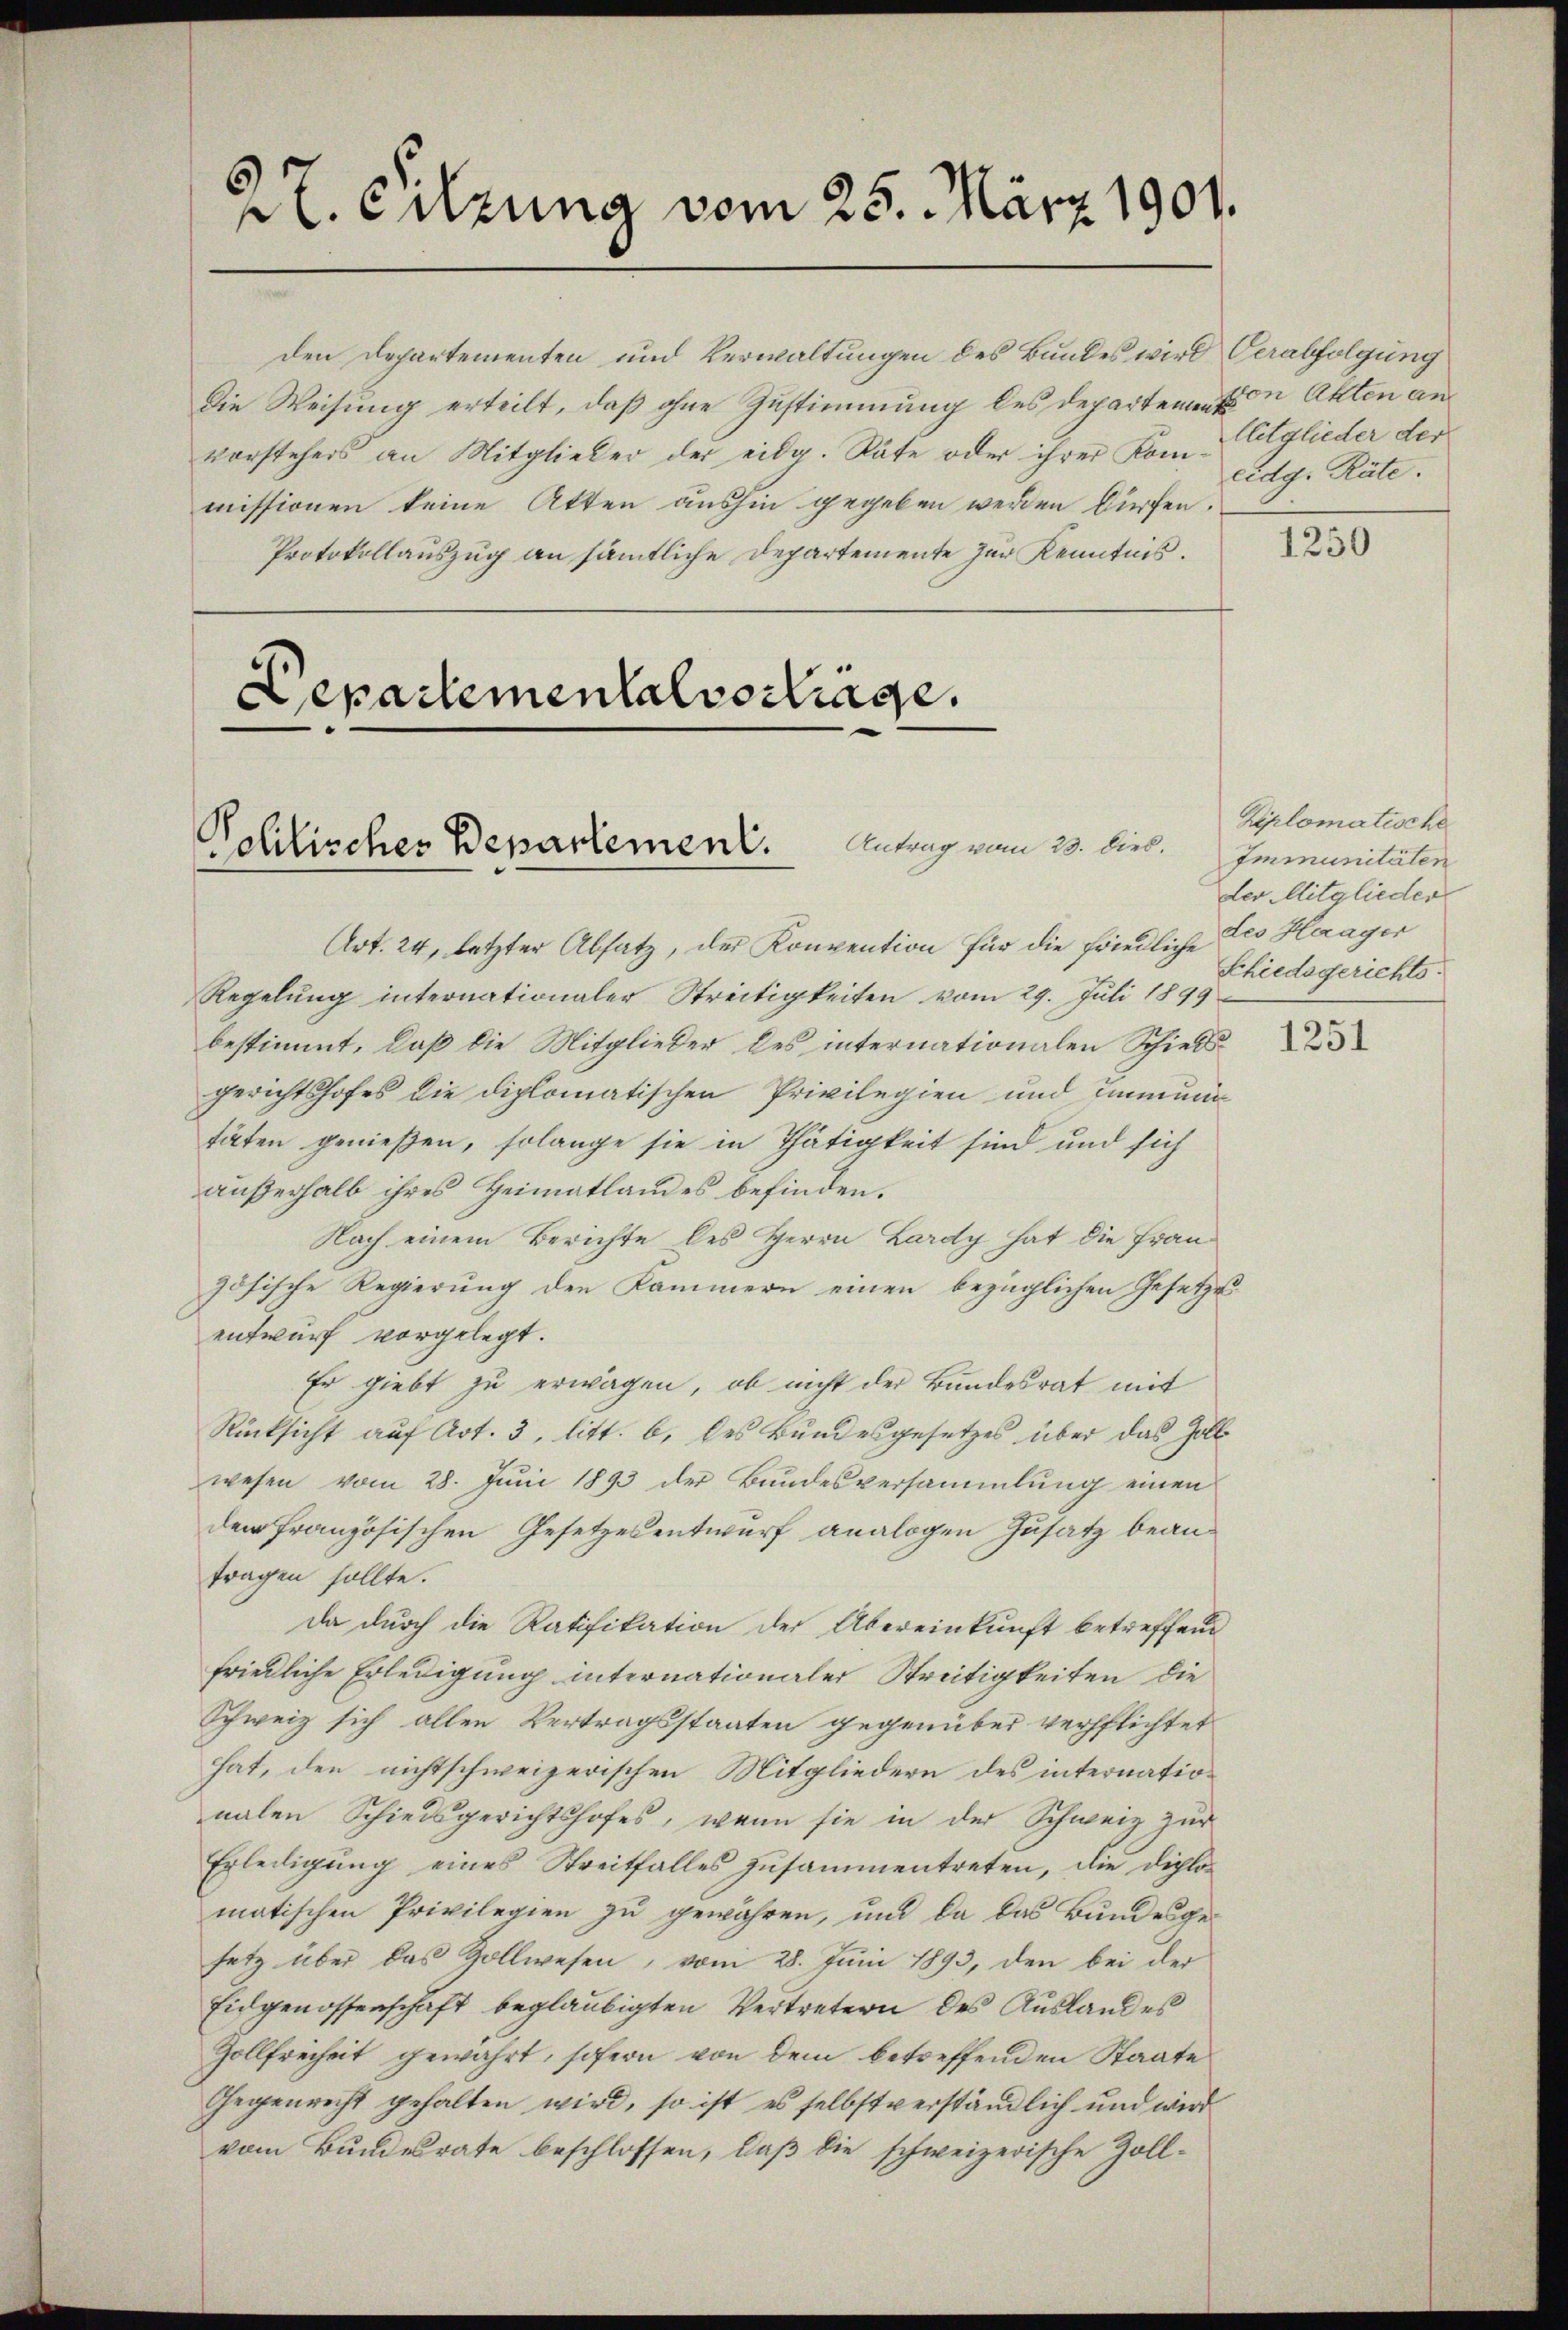
27. Sitzung vom 25. März 1901.

den Departementen und Verwaltungen des Bundes wird Verabfolgung
Die Weisung erteilt, daß ohne Zustimmung des Departeme von Akten an
vorstehers an Mitglieber der eidg. Räte oder ihrer Kom-Citglieder der
missionen keine Atten aushin gegeben werden dürfen.
Protokollauszug an sämmtliche Departemente zur Kenntnis.

Departementalverträge.
Schlisches Departement. Antrag vom 23. lieb.

Art. 24, letzter Absatz, der Konvention für die friedliche
Regelung internationaler Streitigkeiten vom 29. Juli 1899
bestimmt, daß die Mitglieder des internationalen Schiedsgerichtshofes die diplomatischen Privilegien und Immunitäten genießen, solange sie in Thätigkeit sind und sich
außerhalb ihres Heimatlandes befinden.
Nach einem Berichte des Herrn Lardy hat die Frauzösische Regierung den Kammern einen bezüglichen Gesetzes
entwurf vorgelegt.
Er giebt zu erwagen, ob nicht der Bundesrat mit
Rücksicht auf Art. 3, litt. b. des Bundesgesetzes über das Zoll
wesen vom 28. Juni 1893 der Bundesversammlung einen
dem französischen Gesetzesentwurf analogen Zusatz beantragen sollte.
da durch die Ratifikation der Übereinkunft betreffend
friedliche Erledigung internationaler Streitigkeiten die
Schweiz sich allen Vertragsstaaten gegenüber verpflichtet
hat, den nichtschweizerischen Mitgliedern des internationalen Schiedsgerichtshofes, wenn sie in der Schweiz zur
Erledigung eines Streitfalles zusammentreten, die diplomatischen Privilegien zu gewähren, und da das Bundesgesetz über das Zollwesen, vom 28. Juni 1893, den bei der
Eidgenossenschaft beglaubigten Vertretern des Auslandes
Zollfreiheit gewahrt, sofern von dem betreffenden Staate
Gegenrecht gehalten wird, so ist es selbstverständlich und wird
vom Bundesrate beschlossen, daß die schweizerische Zoll¬

eidg. Räte.

1250

Ziplomatische
Immunitäten
der Mitglieder
des Haager
Schiedsgerichts.

1251